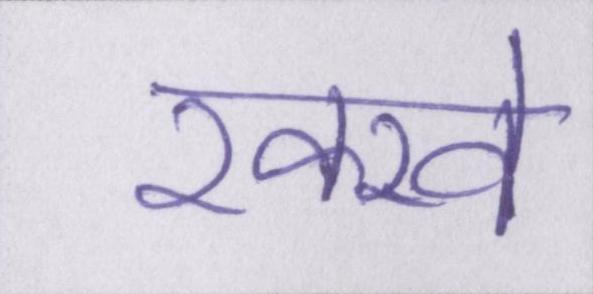
रक्खे